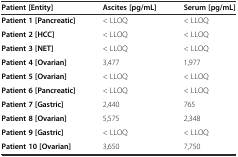
| Patient [Entity] | Ascites [pg/mL] | Serum [pg/mL] |
 | --- | --- | --- |
 | Patient 1 [Pancreatic] | < LLOQ | < LLOQ |
 | Patient 2 [HCC] | < LLOQ | < LLOQ |
 | Patient 3 [NET] | < LLOQ | < LLOQ |
 | Patient 4 [Ovarian] | 3,477 | 1,977 |
 | Patient 5 [Ovarian] | < LLOQ | < LLOQ |
 | Patient 6 [Pancreatic] | < LLOQ | < LLOQ |
 | Patient 7 [Gastric] | 2,440 | 765 |
 | Patient 8 [Ovarian] | 5,575 | 2,348 |
 | Patient 9 [Gastric] | < LLOQ | < LLOQ |
 | Patient 10 [Ovarian] | 3,650 | 7,750 |